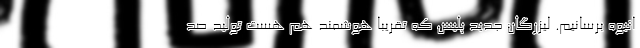
انبوه برسانیم. لیزرگان جدید پلیس که تقریباً هوشمند هم هست تولید صد